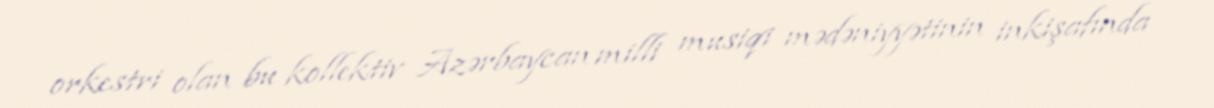
orkestri olan bu kollektiv Azərbaycan milli musiqi mədəniyyətinin inkişafında